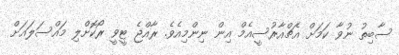
ސާބިތު ނުވާ ކަމަށް އެޗްއާރުސީއެމް އިން ނިންމިއެވެ. ރާއްޖެ ޓީވީ ރޯކޮށްލި މައްސަލައަށް